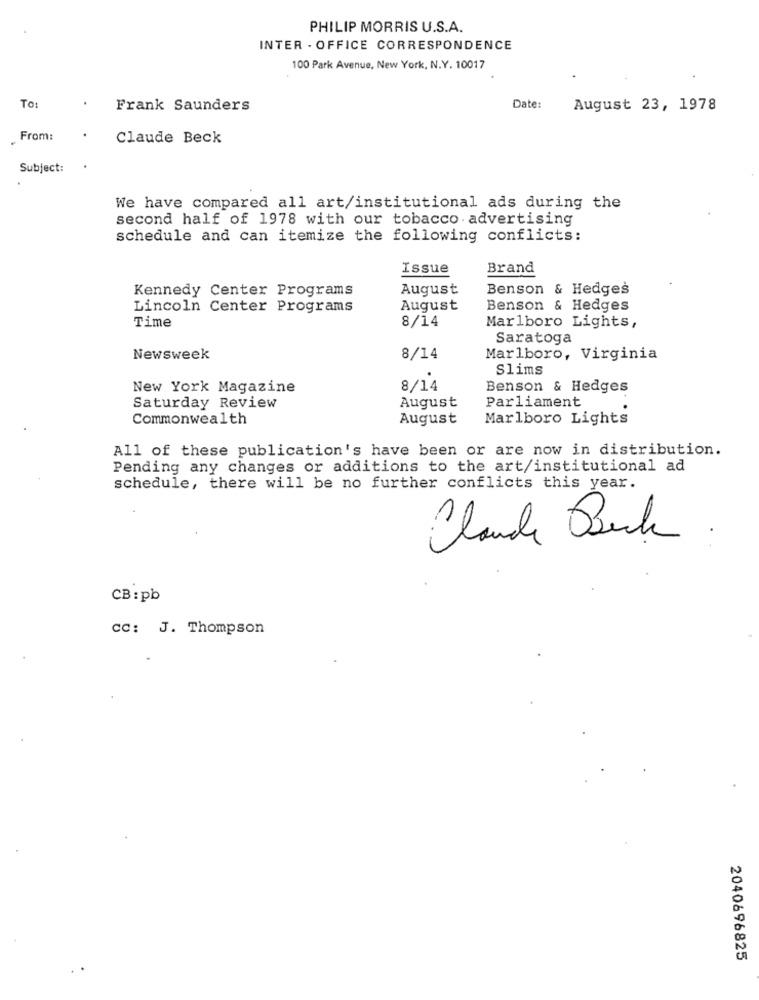
PHILIP MORRIS U.S.A.
INTER - OFFICE CORRESPONDENCE
100 Park Avenue, New York, N.Y. 10017
To:
Frank Saunders
Date:
August 23, 1978
From:
Claude Beck
Subject:
We have compared all art/institutional ads during the
second half of 1978 with our tobacco advertising
schedule and can itemize the following conflicts:
Issue
Brand
Kennedy Center Programs
August
Benson & Hedges
Lincoln Center Programs
August
Benson & Hedges
8/14
Marlboro Lights,
Time
Saratoga
Newsweek
8/14
Marlboro, Virginia
Slims
New York Magazine
8/14
Benson & Hedges
August
Saturday Review
Parliament
Commonwealth
August
Marlboro Lights
All of these publication's have been or are now in distribution.
Pending any changes or additions to the art/institutional ad
schedule, there will be no further conflicts this year.
Claude Back
CB : pb
CC: J. Thompson
2040696825